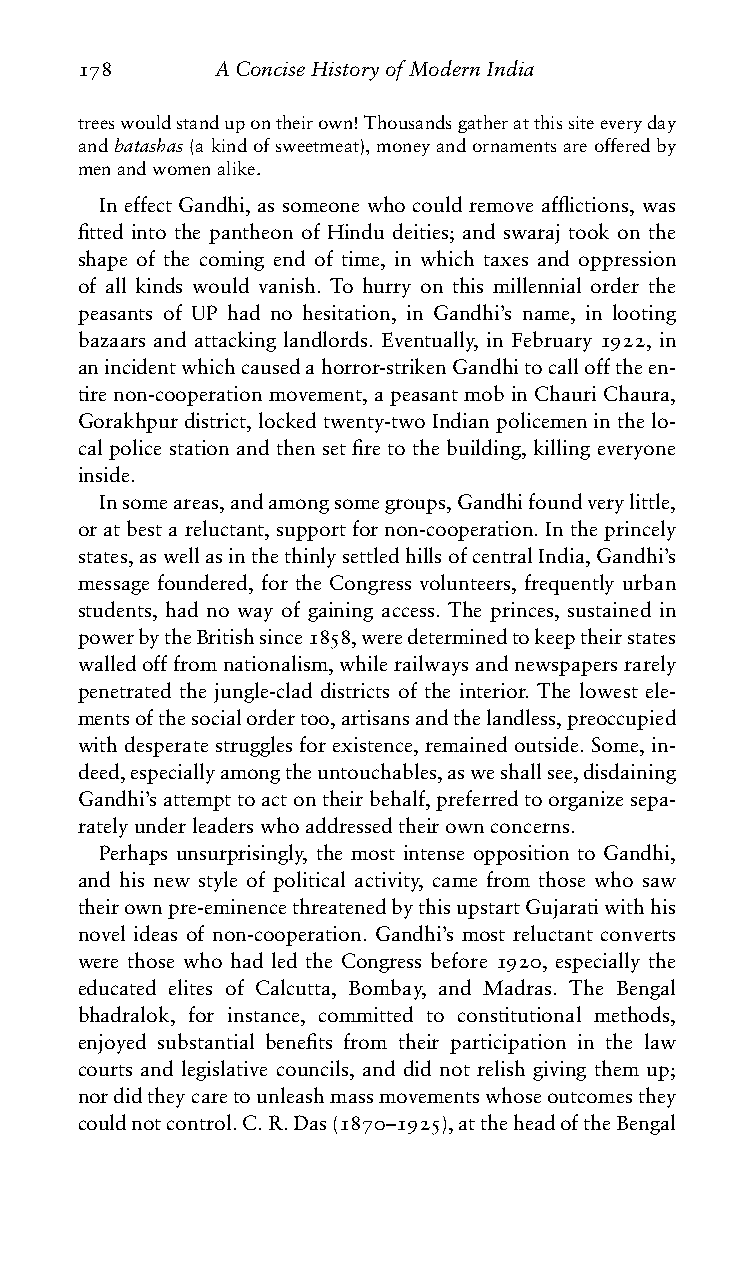
178      AConciseHistoryofModernIndia
 treeswouldstandupontheirown!Thousandsgatheratthissiteeveryday
 andbatashas(akindofsweetmeat),moneyandornamentsareofferedby
 menandwomenalike.
 In effect Gandhi, as someone who could remove afflictions, was
 fitted into the pantheon of Hindu deities; and swaraj took on the
 shape of the coming end of time, in which taxes and oppression
 of all kinds would vanish. To hurry on this millennial order the
 peasants of UP had no hesitation, in Gandhi’s name, in looting
 bazaars and attacking landlords. Eventually, in February 1922, in
 anincidentwhichcausedahorror-strikenGandhitocallofftheen-
 tirenon-cooperationmovement,apeasantmobinChauriChaura,
 Gorakhpurdistrict,lockedtwenty-twoIndianpolicemeninthelo-
 cal police station and then set fire to the building, killing everyone
 inside.
 Insomeareas,andamongsomegroups,Gandhifoundverylittle,
 oratbestareluctant,supportfornon-cooperation.Intheprincely
 states,aswellasinthethinlysettledhillsofcentralIndia,Gandhi’s
 message foundered, for the Congress volunteers, frequently urban
 students, had no way of gaining access. The princes, sustained in
 powerbytheBritishsince1858,weredeterminedtokeeptheirstates
 walledofffromnationalism,whilerailwaysandnewspapersrarely
 penetrated the jungle-clad districts of the interior. The lowest ele-
 mentsofthesocialordertoo,artisansandthelandless,preoccupied
 with desperate struggles for existence, remained outside. Some, in-
 deed,especiallyamongtheuntouchables,asweshallsee,disdaining
 Gandhi’sattempttoactontheirbehalf,preferredtoorganizesepa-
 ratelyunderleaderswhoaddressedtheirownconcerns.
 Perhaps unsurprisingly, the most intense opposition to Gandhi,
 and his new style of political activity, came from those who saw
 theirownpre-eminencethreatenedbythisupstartGujaratiwithhis
 novel ideas of non-cooperation. Gandhi’s most reluctant converts
 were those who had led the Congress before 1920, especially the
 educated elites of Calcutta, Bombay, and Madras. The Bengal
 bhadralok, for instance, committed to constitutional methods,
 enjoyed substantial benefits from their participation in the law
 courts and legislative councils, and did not relish giving them up;
 nordidtheycaretounleashmassmovementswhoseoutcomesthey
 couldnotcontrol.C.R.Das(1870–1925),attheheadoftheBengal